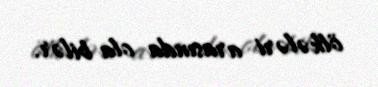
ölkələri arasında ola bilər.